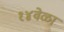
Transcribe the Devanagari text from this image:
१४वेळा